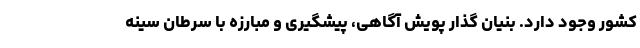
کشور وجود دارد. بنیان گذار پویش آگاهی، پیشگیری و مبارزه با سرطان سینه